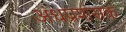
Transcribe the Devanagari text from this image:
अंधप्रशंसक